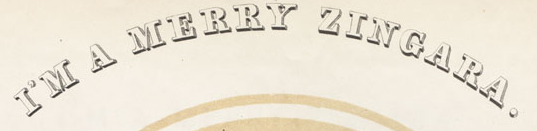
I'M A MERRY ZINGARA.